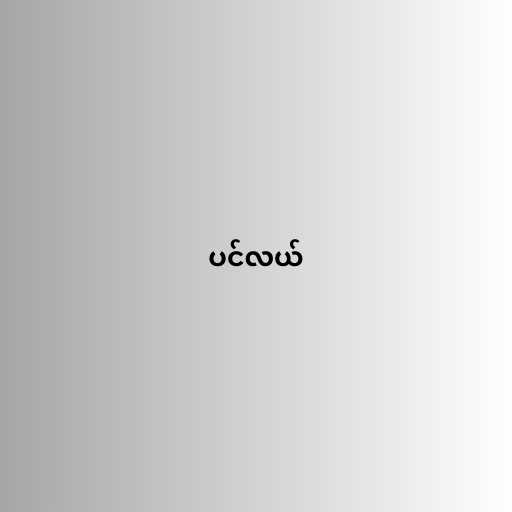
ပင်လယ်